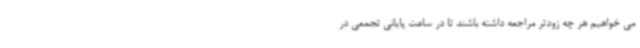
می خواهیم هر چه زودتر مراجعه داشته باشند تا در ساعت پایانی تجمعی در